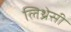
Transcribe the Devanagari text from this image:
लिथ्रेसी